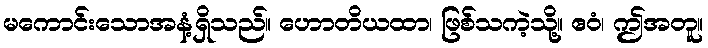
မကောင်းသောအနံ့ရှိသည်။ ဟောတိယထာ၊ ဖြစ်သကဲ့သို့။ ဧဝံ၊ ဤအတူ။